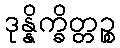
ဒုန္နိက္ခိတ္တဉ္စ